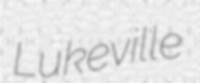
Lukeville